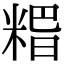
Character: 𥺸